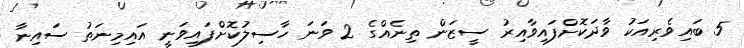
5 ބައިވެރިއަކު ވާދަކޮށްފައިވާއިރު ސީޒަން ތިނެއްގެ 2 ވަނަ ހާސިލުކޮށްފައިވަނީ އައިމިނަތު ސައިނާ